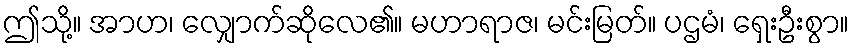
ဤသို့။ အာဟ၊ လျှောက်ဆိုလေ၏။ မဟာရာဇ၊ မင်းမြတ်။ ပဌမံ၊ ရှေးဦးစွာ။